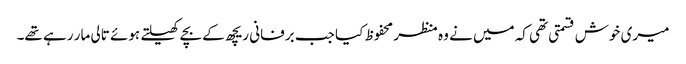
میری خوش قسمتی تھی کہ میں نے وہ منظر محفوظ کیا جب برفانی ریچھ کے بچے کھیلتے ہوئے تالی مار رہے تھے۔